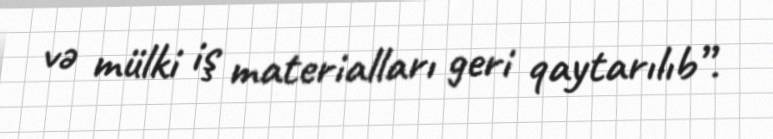
və mülki iş materialları geri qaytarılıb”.